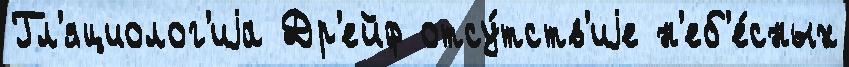
Гл'яциолог'иjа Др'ейф отсу́тств'иjе н'еб'е́сных